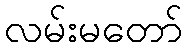
လမ်းမတော်